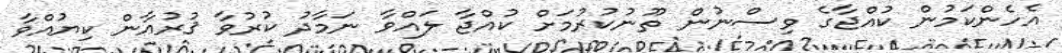
އެހެންކަމުން ކުއްޖާގެ ވިސްނުން ތޫނުކުރުމަށް ކުއްޖާ ލައްވާ ނަމާދު ކުރުވާ ޤުރުއާން ކިޔުއްވާ